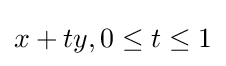
x+ty,0\leq t\leq 1